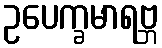
ဥပေက္ခမာရဗ္ဘ